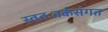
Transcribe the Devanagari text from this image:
स्वतःतर्कसंगत